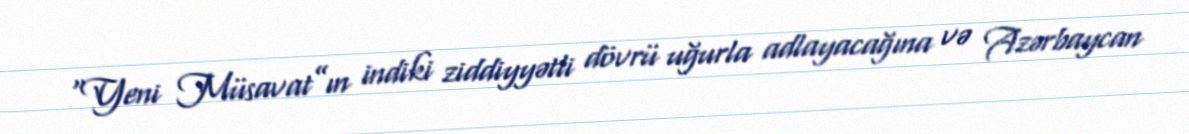
“Yeni Müsavat”ın indiki ziddiyyətli dövrü uğurla adlayacağına və Azərbaycan